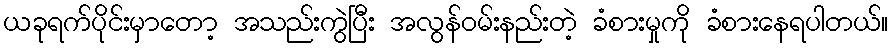
ယခုရက်ပိုင်းမှာတော့ အသည်းကွဲပြီး အလွန်ဝမ်းနည်းတဲ့ ခံစားမှုကို ခံစားနေရပါတယ်။